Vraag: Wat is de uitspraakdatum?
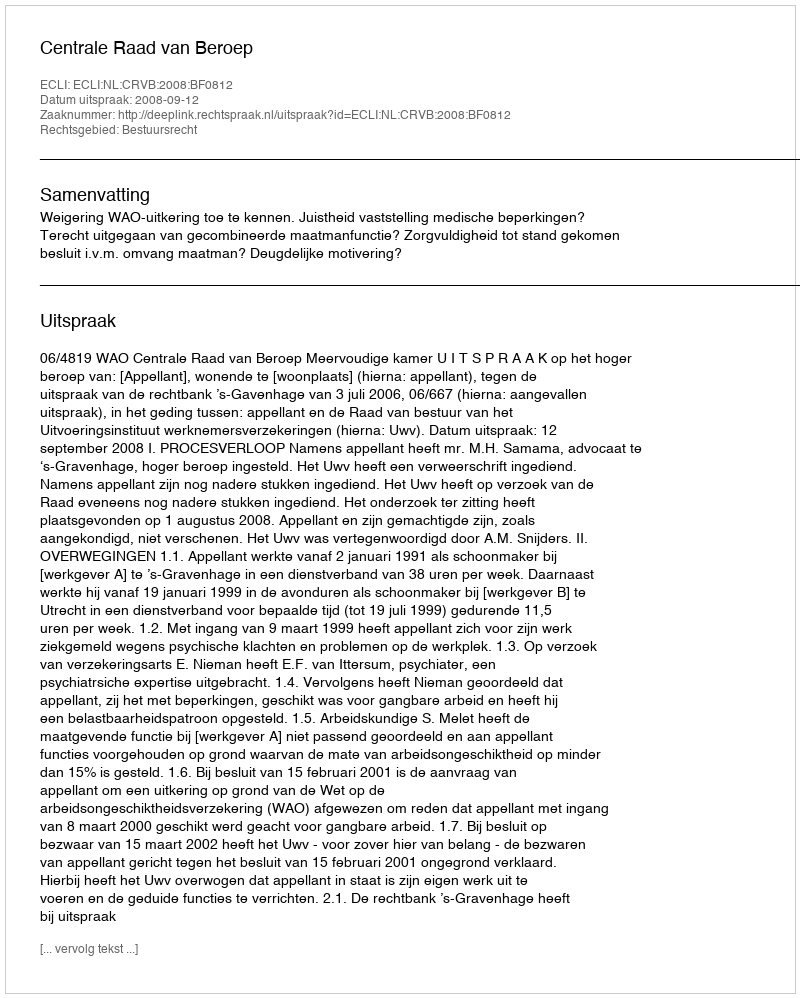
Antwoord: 2008-09-12